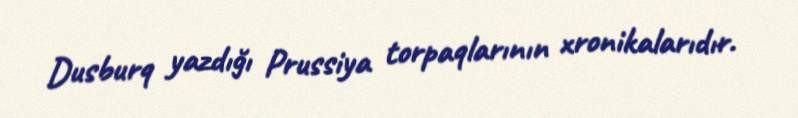
Dusburq yazdığı Prussiya torpaqlarının xronikalarıdır.